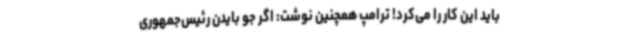
باید این کار را می‌کرد! ترامپ همچنین نوشت: اگر جو بایدن رئیس‌جمهوری